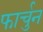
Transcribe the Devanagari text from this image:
फार्चुन